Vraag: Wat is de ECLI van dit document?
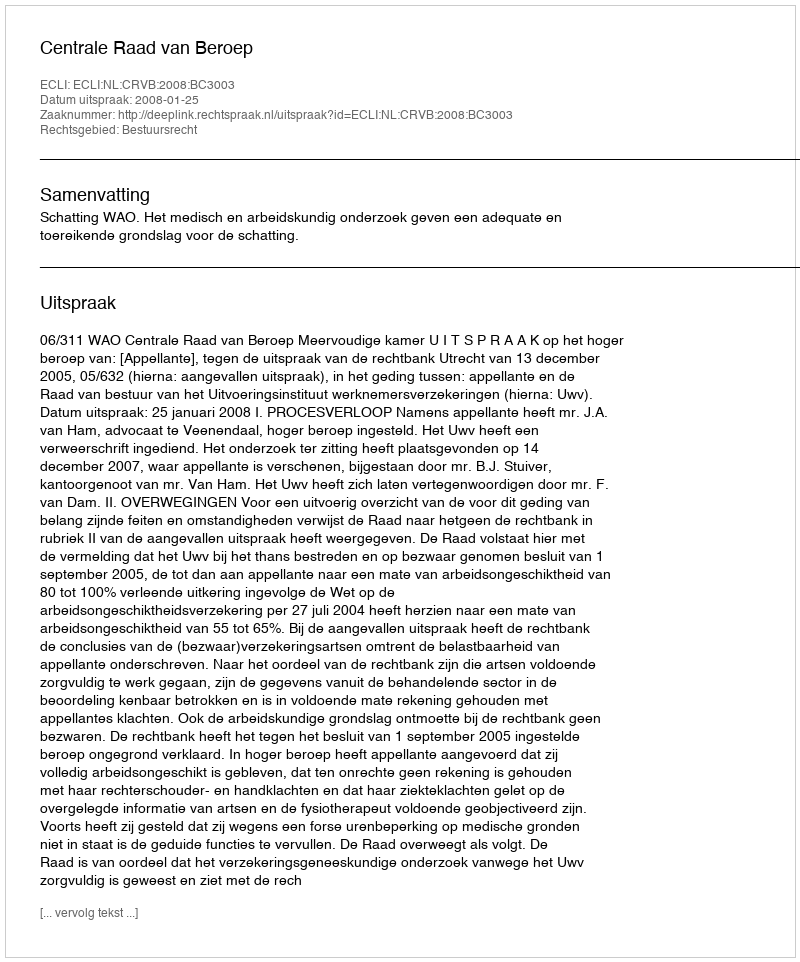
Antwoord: ECLI:NL:CRVB:2008:BC3003